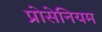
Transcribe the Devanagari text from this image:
प्रोसेनियम